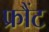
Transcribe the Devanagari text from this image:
फ्रौंट